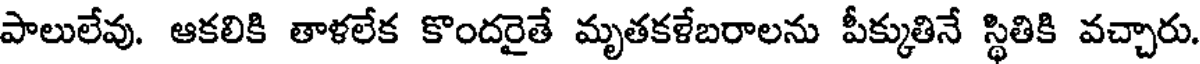
పాలులేవు. ఆకలికి తాళలేక కొందరైతే మృతకళేబరాలను పీక్కుతినే స్థితికి వచ్చారు.